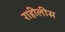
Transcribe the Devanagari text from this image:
राहीलीस